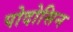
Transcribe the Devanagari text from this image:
पोदोसिन